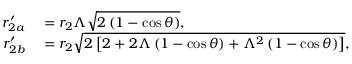
\begin{array} { r l } { r _ { 2 a } ^ { \prime } } & { { } = r _ { 2 } \Lambda \sqrt { 2 \left( 1 - \cos \theta \right) } , } \\ { r _ { 2 b } ^ { \prime } } & { { } = r _ { 2 } \sqrt { 2 \left[ 2 + 2 \Lambda \left( 1 - \cos \theta \right) + \Lambda ^ { 2 } \left( 1 - \cos \theta \right) \right] } , } \end{array}